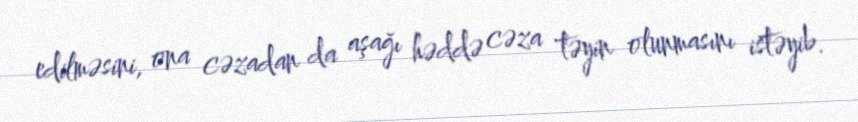
edilməsini, ona cəzadan da aşağı həddə cəza təyin olunmasını istəyib.